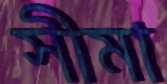
সীমা